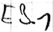
Text: E3.1